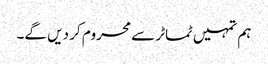
ہم تمہیں ٹماٹر سے محروم کر دیں گے۔